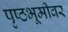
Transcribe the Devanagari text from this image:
पृष्ठभूमीवर